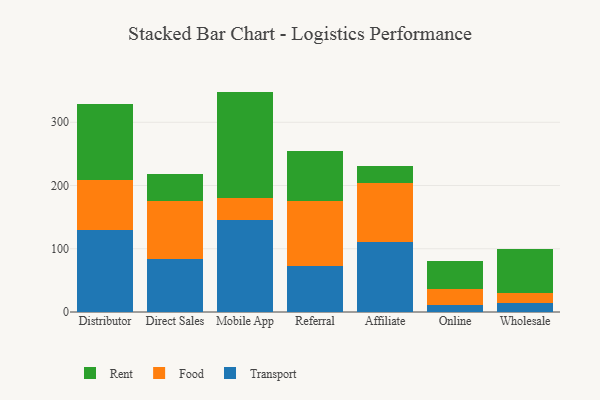
{"axis": {"x": "Channel", "y": "Operating Costs (USD K)"}, "legend": ["Food", "Rent", "Transport"], "data": [{"x": "Distributor", "y": 129.6, "type": "Transport"}, {"x": "Distributor", "y": 79.2, "type": "Food"}, {"x": "Distributor", "y": 119.7, "type": "Rent"}, {"x": "Direct Sales", "y": 84.6, "type": "Transport"}, {"x": "Direct Sales", "y": 90.7, "type": "Food"}, {"x": "Direct Sales", "y": 42.7, "type": "Rent"}, {"x": "Mobile App", "y": 144.7, "type": "Transport"}, {"x": "Mobile App", "y": 35.2, "type": "Food"}, {"x": "Mobile App", "y": 168.6, "type": "Rent"}, {"x": "Referral", "y": 72.3, "type": "Transport"}, {"x": "Referral", "y": 104.0, "type": "Food"}, {"x": "Referral", "y": 77.9, "type": "Rent"}, {"x": "Affiliate", "y": 110.3, "type": "Transport"}, {"x": "Affiliate", "y": 94.0, "type": "Food"}, {"x": "Affiliate", "y": 25.8, "type": "Rent"}, {"x": "Online", "y": 10.3, "type": "Transport"}, {"x": "Online", "y": 25.9, "type": "Food"}, {"x": "Online", "y": 44.3, "type": "Rent"}, {"x": "Wholesale", "y": 13.9, "type": "Transport"}, {"x": "Wholesale", "y": 16.6, "type": "Food"}, {"x": "Wholesale", "y": 68.6, "type": "Rent"}]}